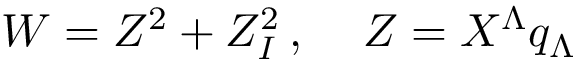
W = Z ^ { 2 } + Z _ { I } ^ { 2 } \, , \quad \, Z = X ^ { \Lambda } q _ { \Lambda }